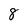
Character: 8